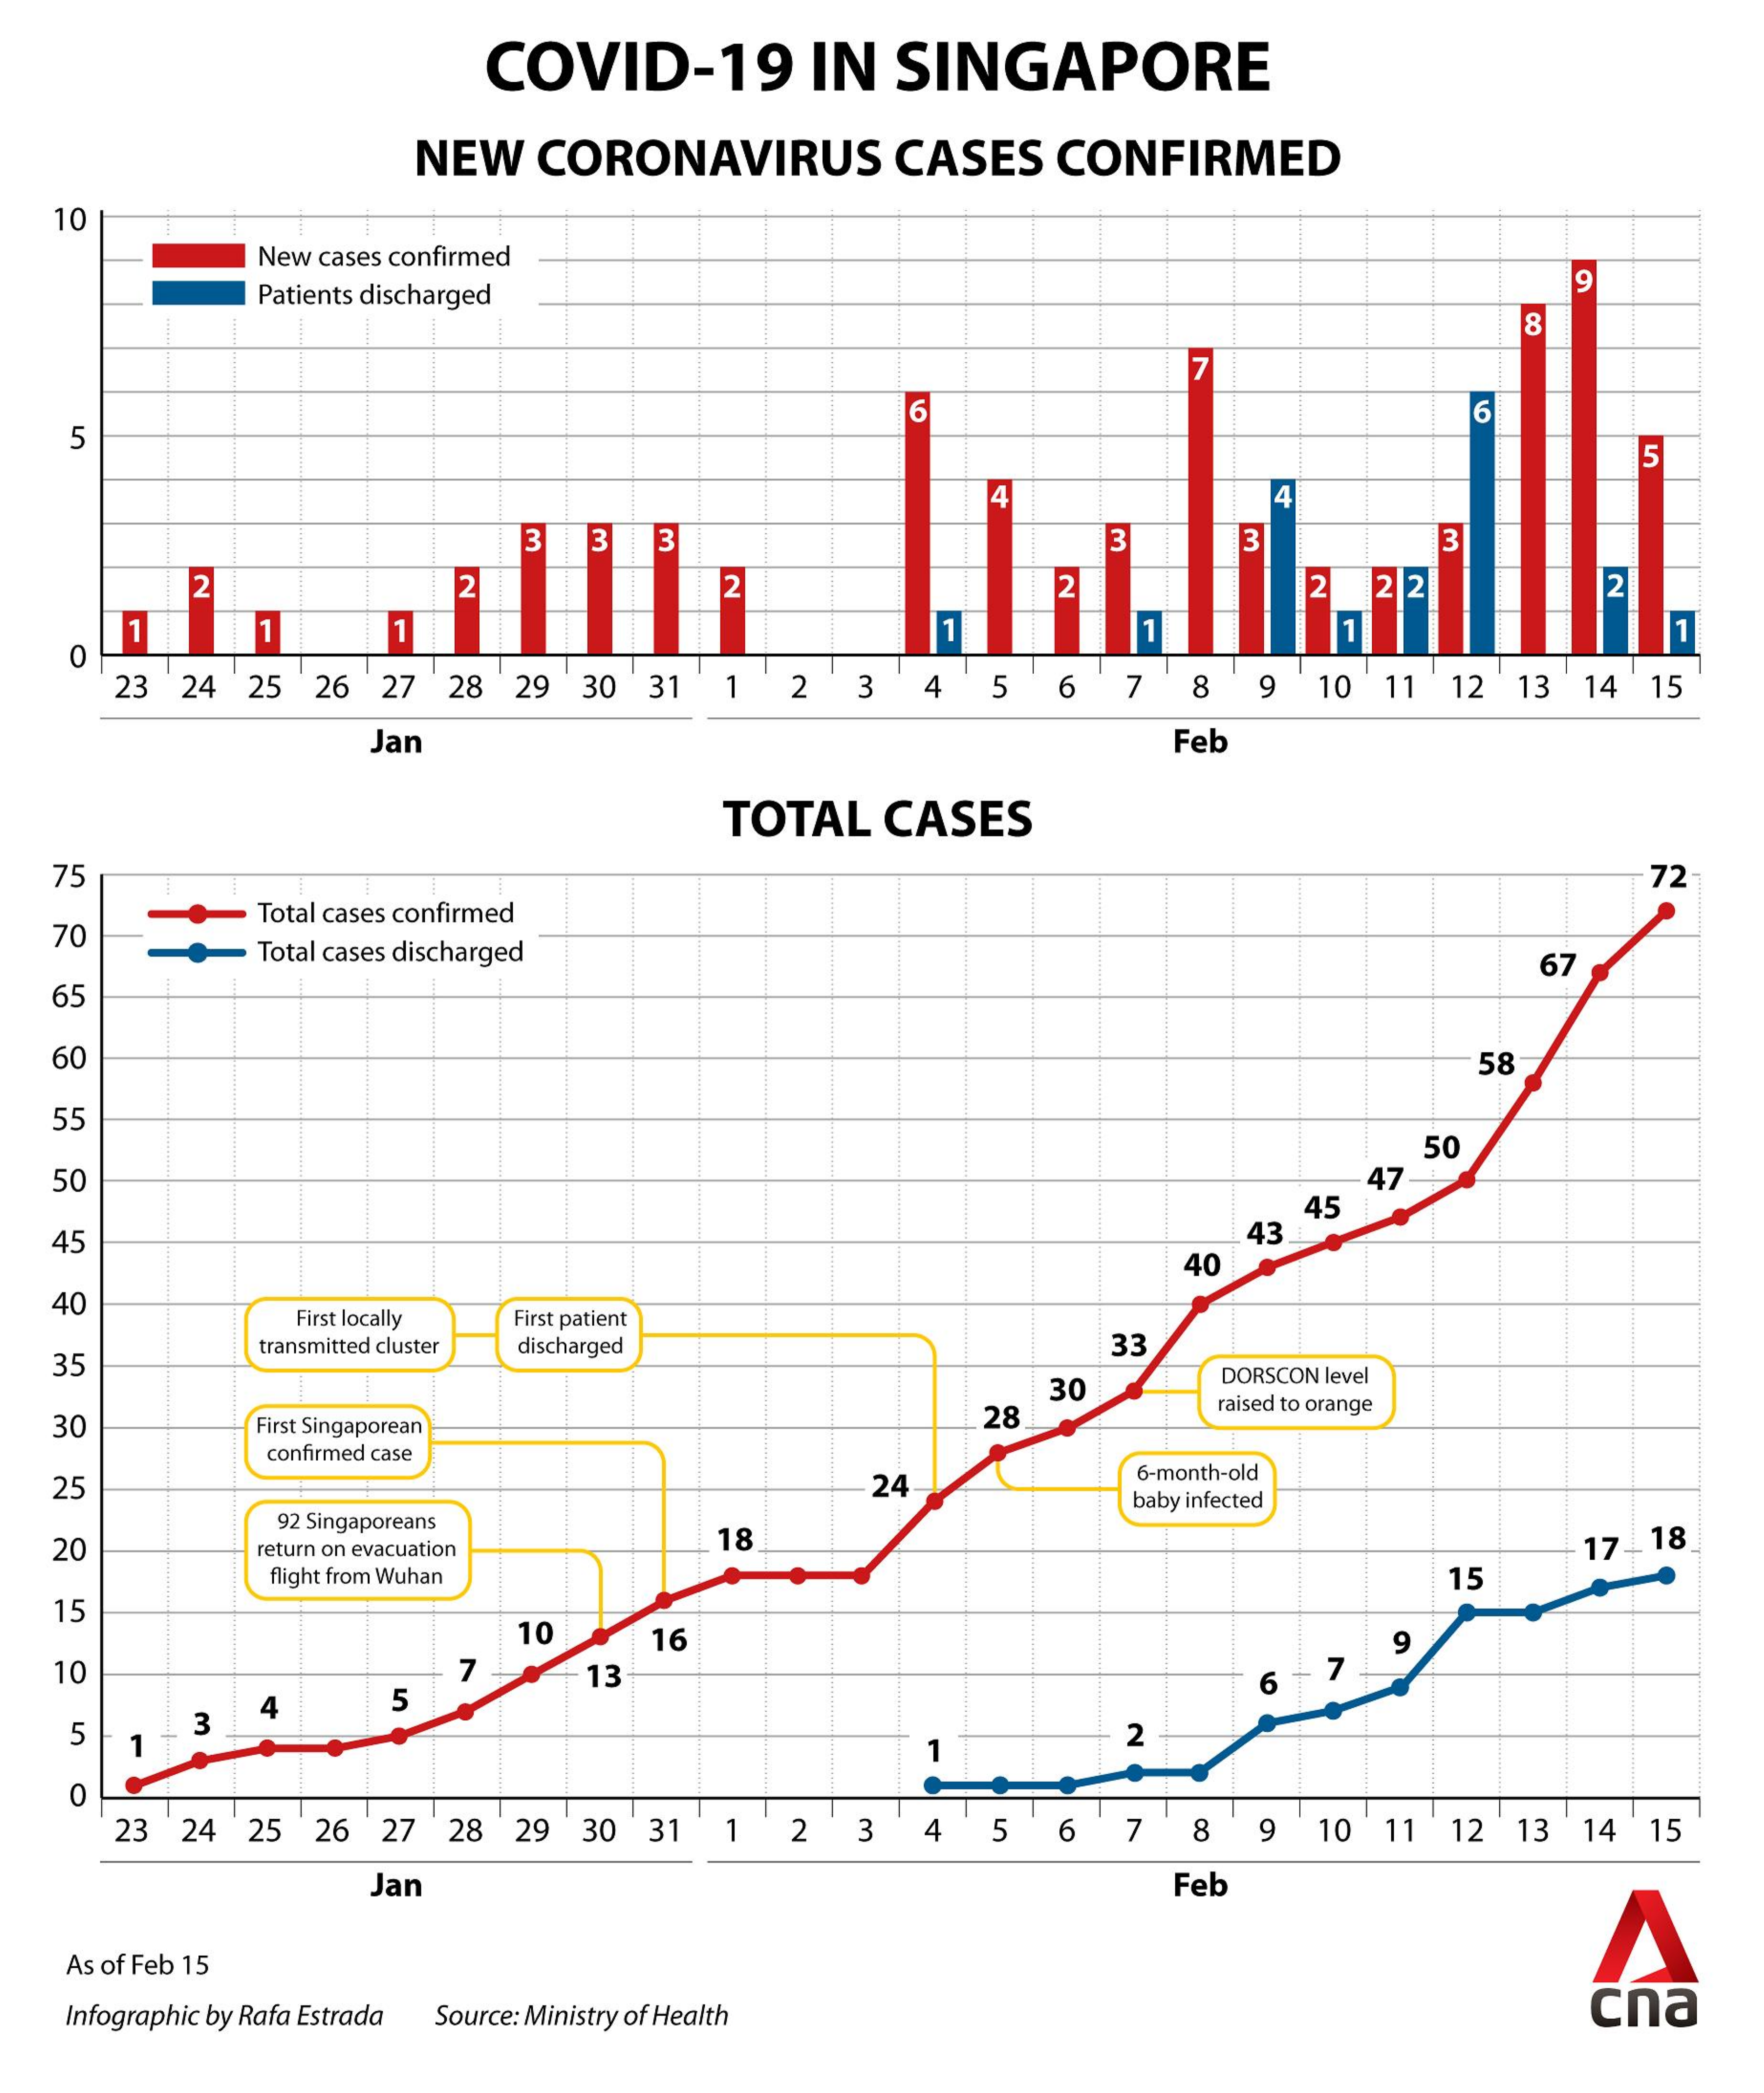
COVID-19  IN SINGAPORE
     NEW CORONAVIRUS CASES CONFIRMED
  10
     New cases confirmed
     Patients discharged
     8
     6
   5
     6
     5
     4    4
     3 3 3    3   3    3
     2    2    2    2    2 2 2    2
     1
  0
     1    1    1    1
    23 24 25 26 27 28 29 30 31 1 2 3 4 5 6 7 8 9 10 11 12 13 14 15
     Jan    Feb
     TOTAL CASES
  75    72
  70
     Total cases confirmed
     Total cases discharged    67
  65
  60    58
  55
     50
  50    47
  45    43
     45
     40
  40
     First locally First patient
  35
     transmitted cluster discharged 33
     28
     30
     DORSCON level
  30    First Singaporean
     raised to orange
     confirmed case
  25    24    6-month-old
     92 Singaporeans
     baby infected
  20    return on evacuation 18    17- 18
     flight from Wuhan    15
  15
     10   16    9
  10    7   13
     5
     6
   5  3
    -    2
   0
    23 24 25 26 27 28 29 30 31 1 2 3 4 5 6 7 8 9 10 11 12 13 14 15
     Jan    Feb
  As of Feb 15
  Infographic by Rafa Estrada Source: Ministry of Health cna